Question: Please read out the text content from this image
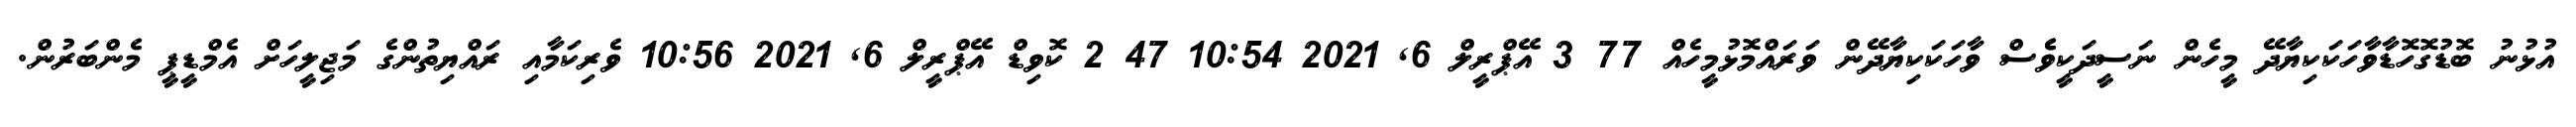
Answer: އުޅުނު ބޮޑުގޮހޮޑާވާހަކަކިޔާދޭ މީހެން ނަސީދަކީވެެސް ވާހަކަކިޔާދޭން ވަރައްމޮޅުމީހެއް 77 3 އޭޕްރީލް 6, 2021 10:54 47 2 ކޮވިޑް އޭޕްރީލް 6, 2021 10:56 ވެރިކަމާއި ރައްޔިތުންގެ މަޖިލީހަށް އެމްޑީޕީ މެންބަރުން.